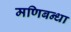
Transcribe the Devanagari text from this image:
मणिबन्धा